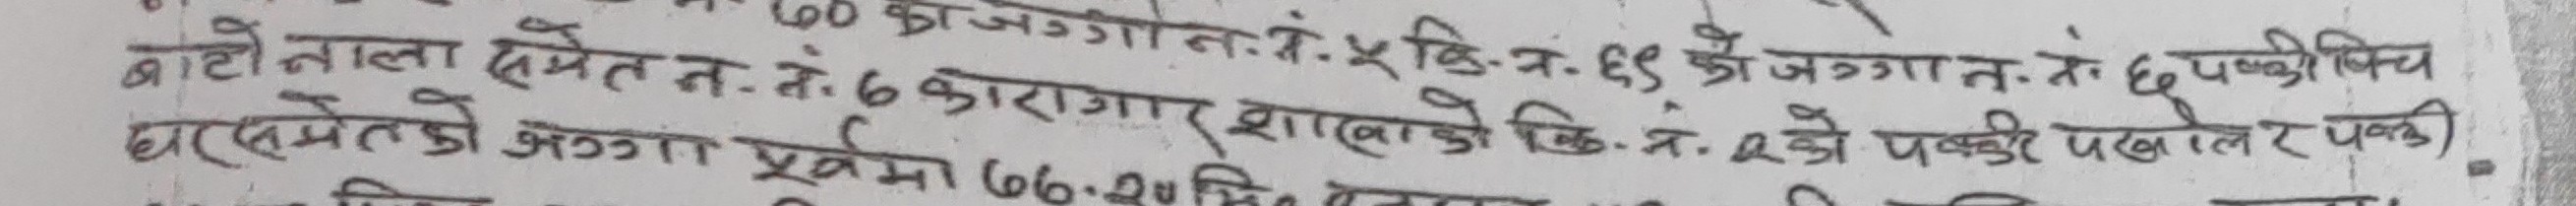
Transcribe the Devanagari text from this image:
बाटो नाला समेत न. नं. ७ कारागार शाखाको कि.नं. को पक्की पोल र पक्की.
का जग्गात. नं. ५कि.नं. ६९ को जग्गात. नं. ६पण्डोषिच
घरसमेतको
T
6
जग्गा पूर्वमा ७७.२० मि ला